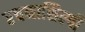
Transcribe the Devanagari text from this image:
रचनाशिल्पी